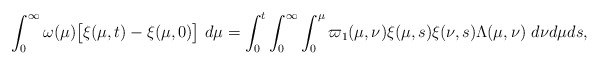
\begin{align*}\int_{0}^{\infty}\omega(\mu)\big[\xi(\mu,t)-\xi(\mu,0)\big]\ d\mu=\int_{0}^{t}\int_{0}^{\infty}\int_{0}^{\mu}\varpi_1(\mu, \nu) \xi(\mu,s)\xi(\nu,s)\Lambda(\mu,\nu)\ d\nu d\mu ds,\end{align*}